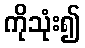
ကိုသုံး၍